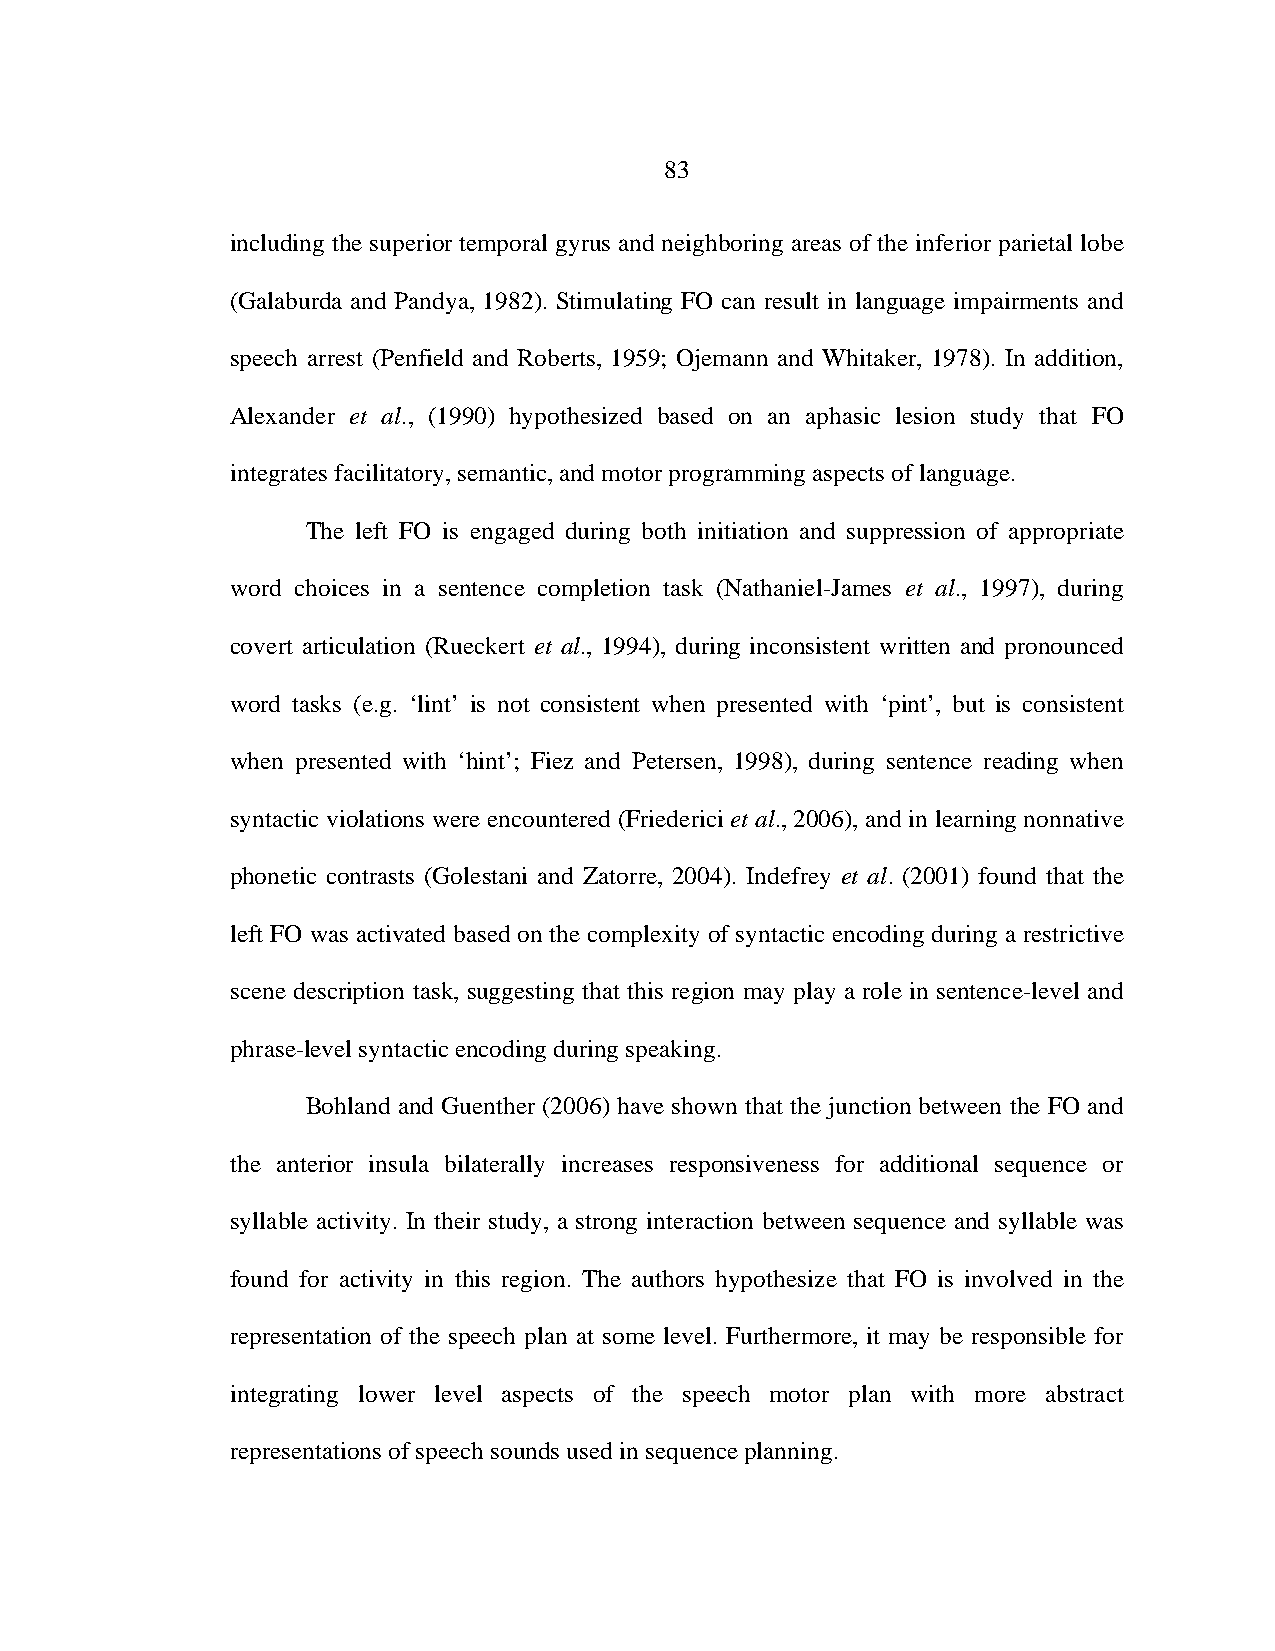
83
 including the superior temporal gyrus and neighboring areas of the inferior parietal lobe
 (Galaburda and Pandya, 1982). Stimulating FO can result in language impairments and
 speech arrest (Penfield and Roberts, 1959; Ojemann and Whitaker, 1978). In addition,
 Alexander et al., (1990) hypothesized based on an aphasic lesion study that FO
 integrates facilitatory, semantic, and motor programming aspects of language.
 The left FO is engaged during both initiation and suppression of appropriate
 word choices in a sentence completion task (Nathaniel-James et al., 1997), during
 covert articulation (Rueckert et al., 1994), during inconsistent written and pronounced
 word tasks (e.g. ‘lint’ is not consistent when presented with ‘pint’, but is consistent
 when presented with ‘hint’; Fiez and Petersen, 1998), during sentence reading when
 syntactic violations were encountered (Friederici et al., 2006), and in learning nonnative
 phonetic contrasts (Golestani and Zatorre, 2004). Indefrey et al. (2001) found that the
 left FO was activated based on the complexity of syntactic encoding during a restrictive
 scene description task, suggesting that this region may play a role in sentence-level and
 phrase-level syntactic encoding during speaking.
 Bohland and Guenther (2006) have shown that the junction between the FO and
 the anterior insula bilaterally increases responsiveness for additional sequence or
 syllable activity. In their study, a strong interaction between sequence and syllable was
 found for activity in this region. The authors hypothesize that FO is involved in the
 representation of the speech plan at some level. Furthermore, it may be responsible for
 integrating lower level aspects of the speech motor plan with more abstract
 representations of speech sounds used in sequence planning.